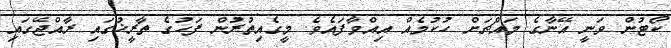
ކޯޓުން ވަނީ އޭނާގެ މައްޗަށް ހުކުމެއް އިއްވާފައެވެ. މީގެއިތުރުން ފަހުގެ ތާރީޚުގައި ރާއްޖޭގައި